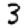
Digit: 3